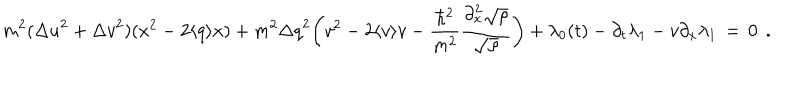
m ^ { 2 } ( { \Delta u } ^ { 2 } + { \Delta v } ^ { 2 } ) ( x ^ { 2 } - 2 \langle q \rangle x ) + m ^ { 2 } { \Delta q } ^ { 2 } \bigg ( v ^ { 2 } - 2 \langle v \rangle v - \frac { \hbar ^ { 2 } } { m ^ { 2 } } \frac { \partial _ { x } ^ { 2 } \sqrt { \rho } } { \sqrt { \rho } } \bigg ) + \lambda _ { 0 } ( t ) - \partial _ { t } \lambda _ { 1 } - v \partial _ { x } \lambda _ { 1 } \, = \, 0 \; \, .